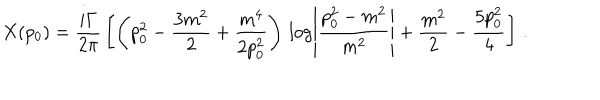
LaTeX: X ( p _ { 0 } ) = \frac { i \Gamma } { 2 \pi } \, \left[ \left( p _ { 0 } ^ { 2 } - \frac { 3 m ^ { 2 } } { 2 } + \frac { m ^ { 4 } } { 2 p _ { 0 } ^ { 2 } } \right) \, \log \left| \frac { p _ { 0 } ^ { 2 } - m ^ { 2 } } { m ^ { 2 } } \right| + \frac { m ^ { 2 } } { 2 } - \frac { 5 p _ { 0 } ^ { 2 } } { 4 } \right] \, .